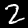
Label: 2